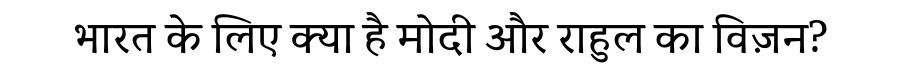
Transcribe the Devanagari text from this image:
भारत के लिए क्या है मोदी और राहुल का विज़न?